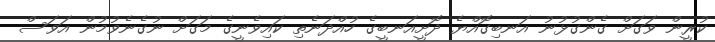
ކުރީން ވަގަށް ގެންގުޅުނު އަނބިގޮއްޔެ ދޮށީއަނބީގެ ހުއްދަނެތި ކައިވެނީގެ މަގަށް ނުގެނެވުމުން އަވަސް